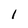
Character: l